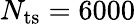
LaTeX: N_{\mathrm{ts}}=6000